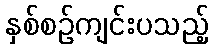
နှစ်စဉ်ကျင်းပသည့်